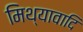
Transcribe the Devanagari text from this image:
मिथ्यावादि